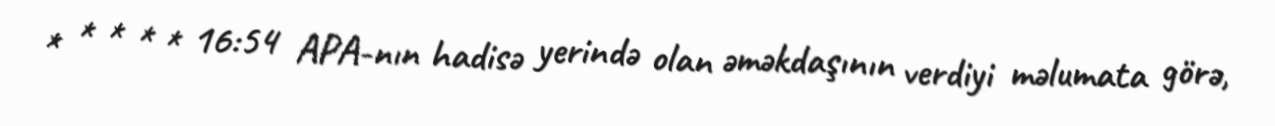
* * * * * 16:54 APA-nın hadisə yerində olan əməkdaşının verdiyi məlumata görə,